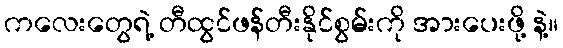
ကလေးတွေရဲ့ တီထွင်ဖန်တီးနိုင်စွမ်းကို အားပေးဖို့ နဲ့။